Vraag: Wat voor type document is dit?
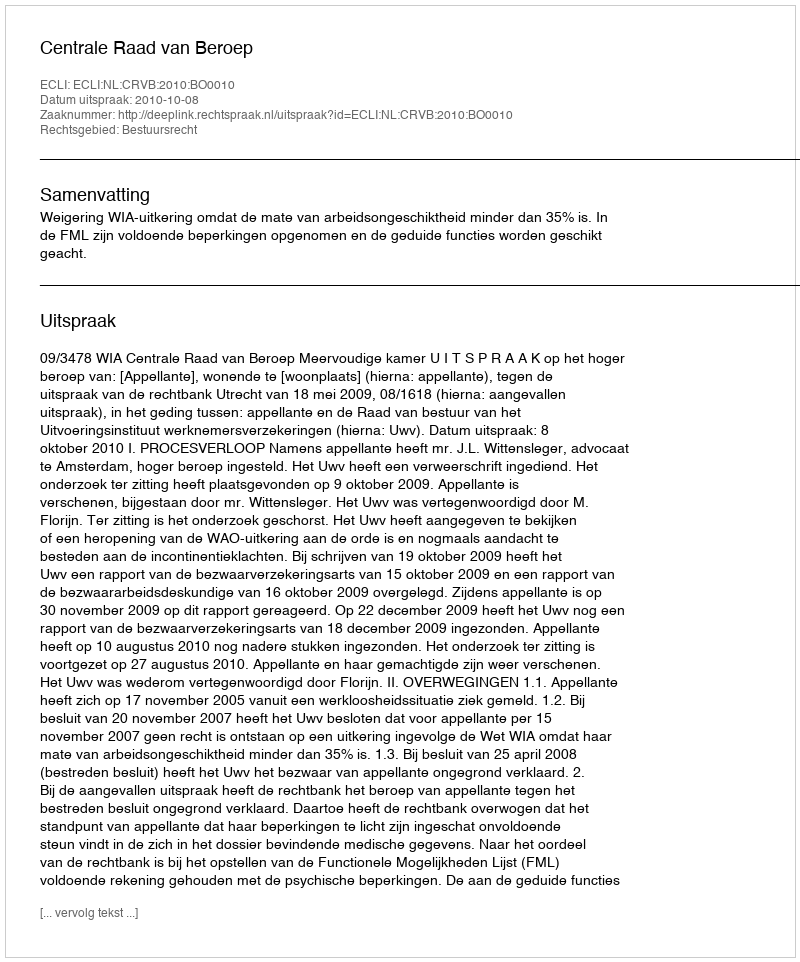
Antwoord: Uitspraak